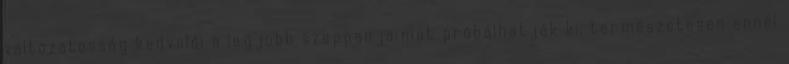
változatosság kedvelői a legjobb szappanjaimat próbálhatják ki, természetesen ennél